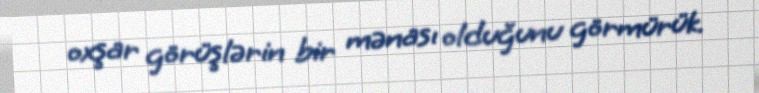
oxşar görüşlərin bir mənası olduğunu görmürük.